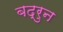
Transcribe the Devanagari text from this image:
बद्रुन